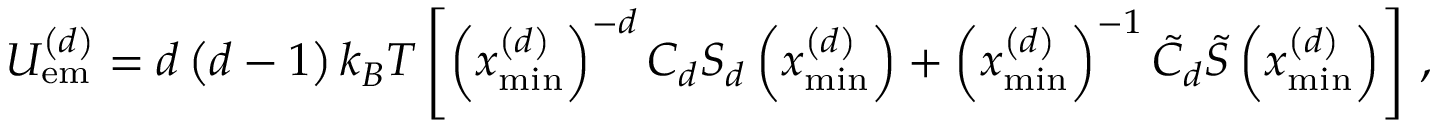
U _ { \mathrm { e m } } ^ { \left( d \right) } = d \left( d - 1 \right) k _ { B } T \left[ \left( x _ { \operatorname* { m i n } } ^ { \left( d \right) } \right) ^ { - d } C _ { d } S _ { d } \left( x _ { \operatorname* { m i n } } ^ { \left( d \right) } \right) + \left( x _ { \operatorname* { m i n } } ^ { \left( d \right) } \right) ^ { - 1 } \tilde { C } _ { d } \tilde { S } \left( x _ { \operatorname* { m i n } } ^ { \left( d \right) } \right) \right] \, ,